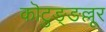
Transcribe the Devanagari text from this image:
कॊटुङ्ङल्लूर